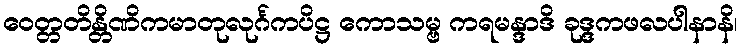
ဝေတ္တတိန္တိဏိကမာတုလုင်္ဂကပိဋ္ဌ ကောသမ္ဗ ကရမန္ဒာဒိ ခုဒ္ဒကဖလပါနာနိ၊